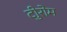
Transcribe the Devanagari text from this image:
टीुरोम